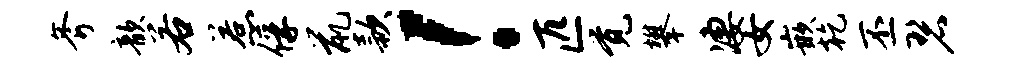
斧歆若惹俘鼠款！匹觉攀凄女嵌乾丕碧